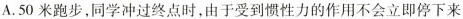
A.50米跑步，同学冲过终点时，由于受到惯性力的作用不会立即停下来